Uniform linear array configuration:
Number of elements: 24
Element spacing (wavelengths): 0.75
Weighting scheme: kaiser
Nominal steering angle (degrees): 0
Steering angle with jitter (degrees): -0.2723
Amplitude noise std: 0.05
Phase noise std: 0.05

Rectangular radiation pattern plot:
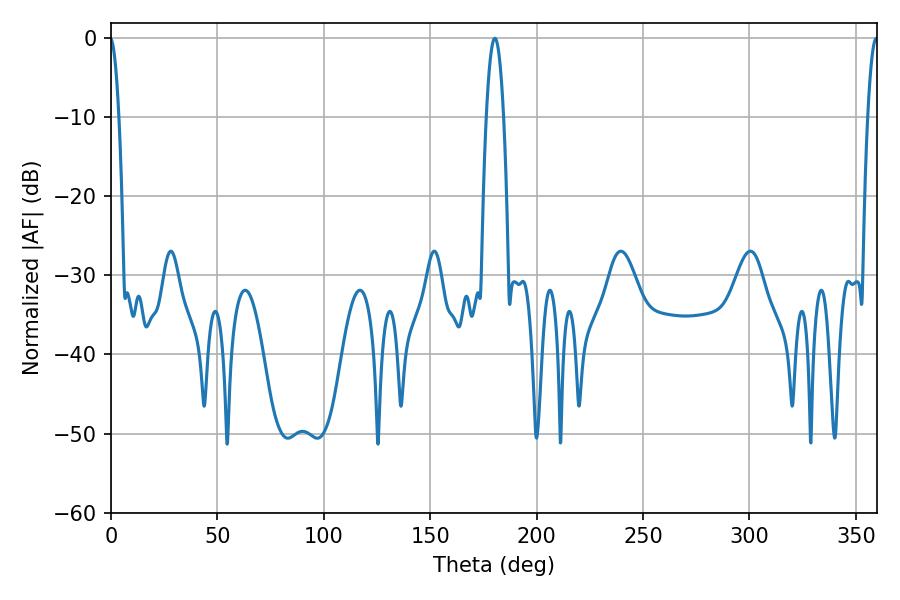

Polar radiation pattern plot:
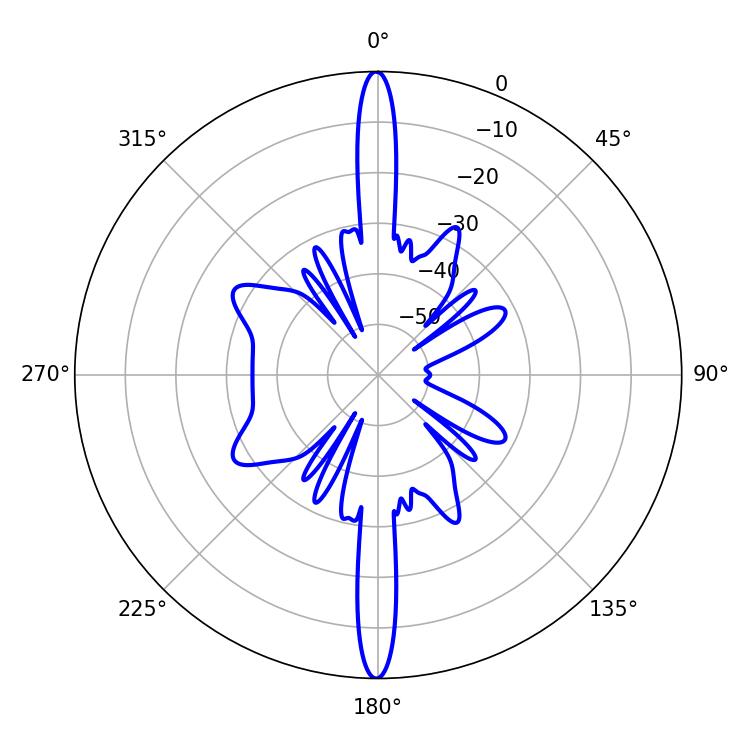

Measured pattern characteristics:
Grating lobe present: TRUE
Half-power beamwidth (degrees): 4.32
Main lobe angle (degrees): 180.36